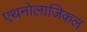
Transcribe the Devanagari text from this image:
एथनोलाजिकल